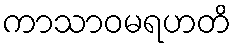
ကာသာဝမရဟတိ